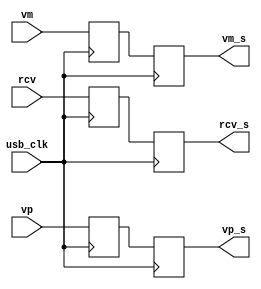
/*
 * Milkymist SoC
 * Copyright (C) 2007, 2008, 2009, 2010 Sebastien Bourdeauducq
 *
 * This program is free software: you can redistribute it and/or modify
 * it under the terms of the GNU General Public License as published by
 * the Free Software Foundation, version 3 of the License.
 *
 * This program is distributed in the hope that it will be useful,
 * but WITHOUT ANY WARRANTY; without even the implied warranty of
 * MERCHANTABILITY or FITNESS FOR A PARTICULAR PURPOSE.  See the
 * GNU General Public License for more details.
 *
 * You should have received a copy of the GNU General Public License
 * along with this program.  If not, see <http://www.gnu.org/licenses/>.
 */

module softusb_filter(
	input usb_clk,

	input rcv,
	input vp,
	input vm,

	output reg rcv_s,
	output reg vp_s,
	output reg vm_s
);

reg rcv_s0;
reg vp_s0;
reg vm_s0;

/* synchronizer */
always @(posedge usb_clk) begin
	rcv_s0 <= rcv;
	vp_s0 <= vp;
	vm_s0 <= vm;
	rcv_s <= rcv_s0;
	vp_s <= vp_s0;
	vm_s <= vm_s0;
end

endmodule